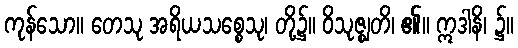
ကုန်သော။ တေသု အရိယသစ္စေသု၊ တို့၌။ ဝိသုဇ္ဈတိ၊ ၏။ ဣဒါနိ၊ ၌။